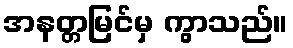
အနတ္တမြင်မှ ကွာသည်။